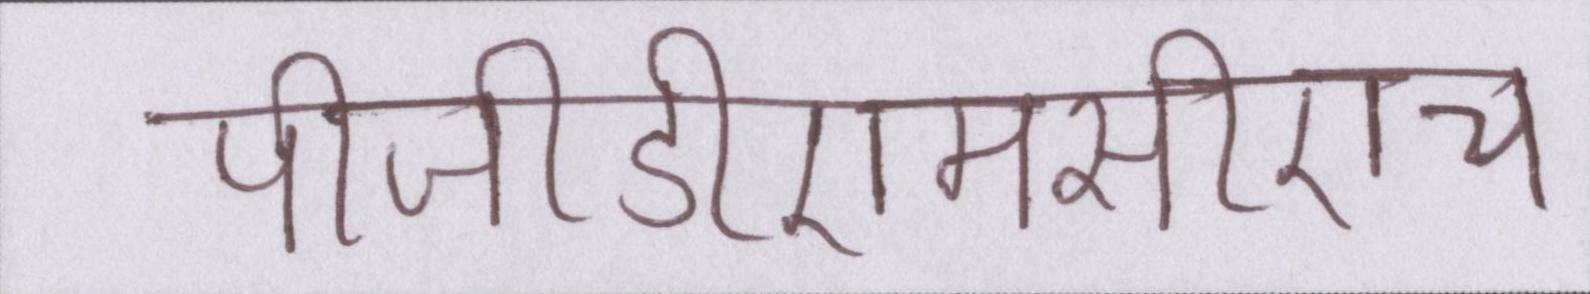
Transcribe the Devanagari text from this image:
पीजीडीएमसीएच